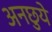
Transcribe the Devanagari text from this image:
अनछुये